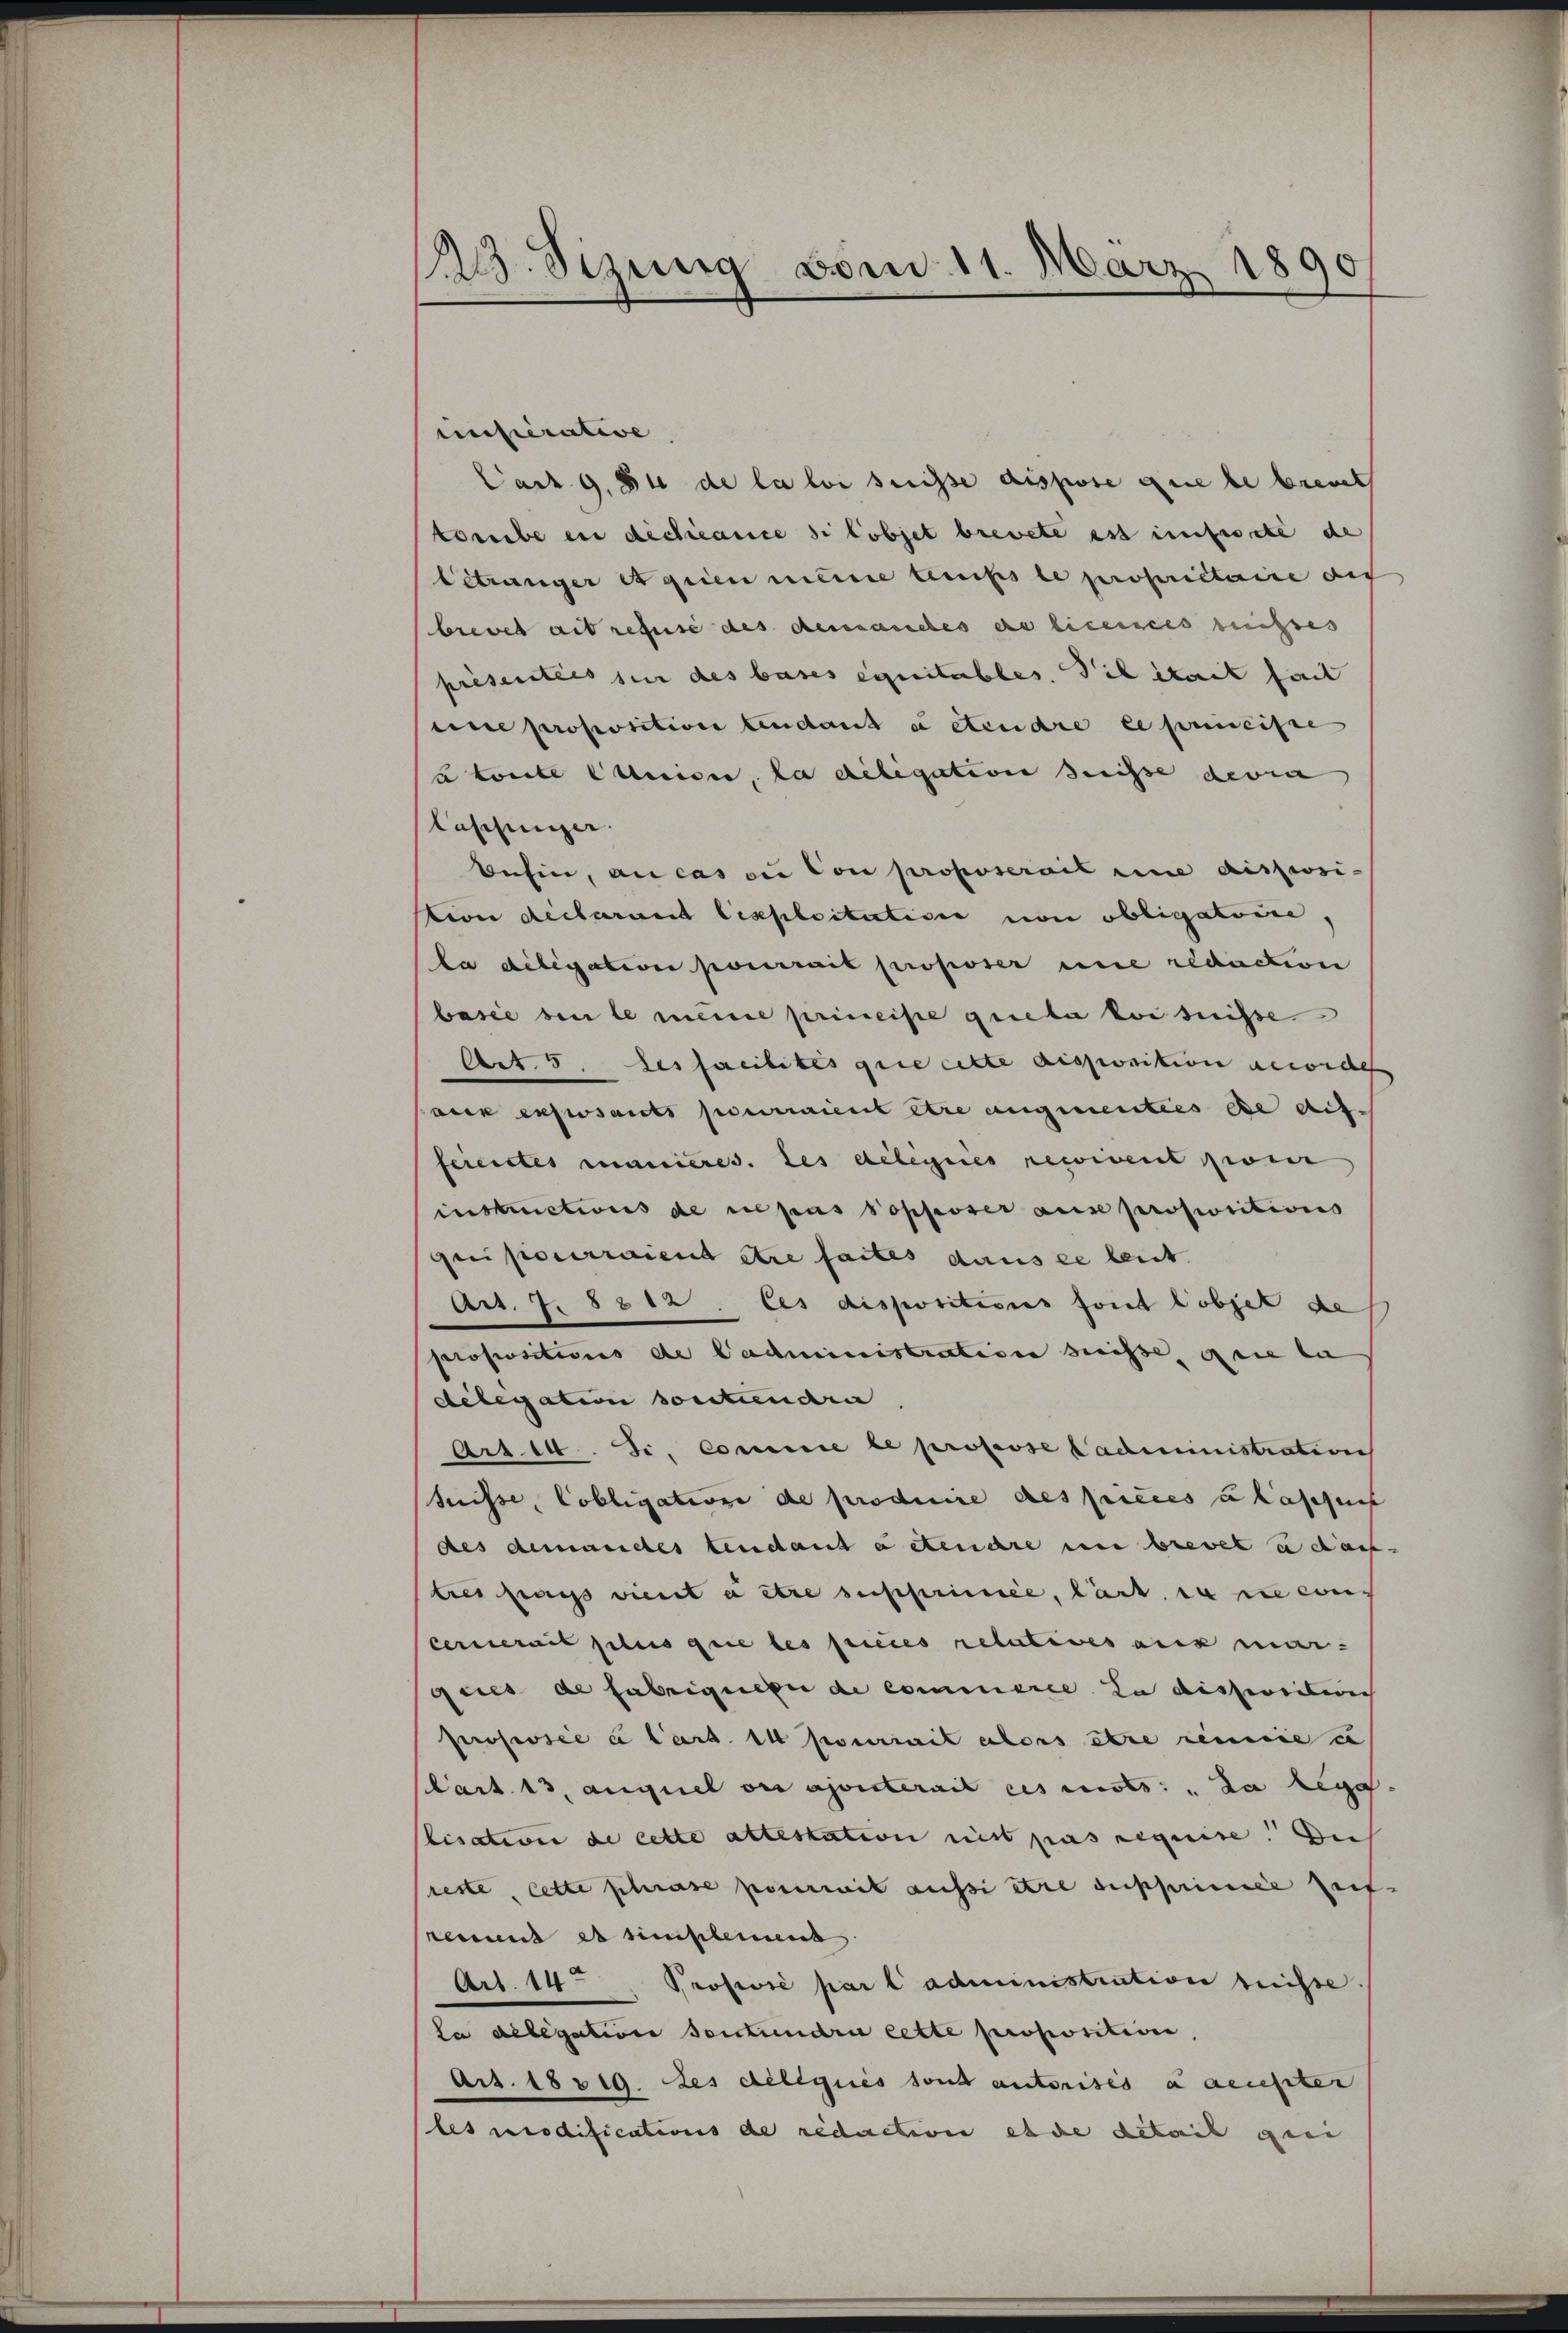
d
122. Sizung vom 11. März 189.

einsterative
Cact 9. Si de la loi suisse dispose que le brent
tombe en déchéance di lobjet brevete ist umfasste de
betränger et quien meine temps le propriétaire des
brevet ait refuse des demanches de licences russes |
presentées sein des bases équitables. Die Streit fait
eine proposition tendant à etendre le prescisse
à toute Caution, la deligation seisse devia
laschunger. |
busin, au cas die von proposerait eine disposi-
tion declarant lexploitativer von obligatoire,
la diligation pourrait proposer une redaction
basie ein le meine principe quela loi suisse
Art. 5. des facilités quie cette disposition geworder
aukenswants pourraient être angementies die auf-
feiertes manieres. des gelegnes recivent wer
instructions de repus Popposer ause propositions
qui pourraient être faites dans ce leut
Art. 7. 8812. Ces dispositions font tobjet de
propositions de Cadministration suisse, die la
delegation sontiendra
Art. 14. Si, comme le professe Cadministration
tnisse, Cobligatione de produire des pièces u laschnis
des demanches lendant a Steuere in brevet u dass
tres frags vient à être supprimée, lärt in ne cons
cernerit plus que les pieces relatives aus mar-
gies de fabriquere de commerce. La dissereiti
Prosessie a Cart. 14 pourrait alors être remie e
lart 13, auquel ou ajouterait es mits: „Da Rege
lisation de cette altestation nit pas requise. Die
seste, cette phrase poserweit aussi être supprimée Zeit.
keiment es simplement
Art. 14. Profevre par l’administration heisse
la delegation seistundri cette proposition,
Art. 18819. des délégués sond autorisés a aeuster
les modifications de redaction esche detail geei